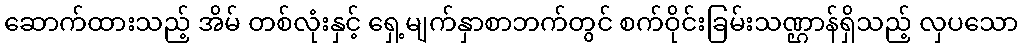
ဆောက်ထားသည့် အိမ် တစ်လုံးနှင့် ရှေ့မျက်နှာစာဘက်တွင် စက်ဝိုင်းခြမ်းသဏ္ဌာန်ရှိသည့် လှပသော